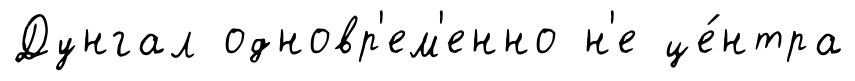
Дунгал одновр'ем'енно н'е це́нтра